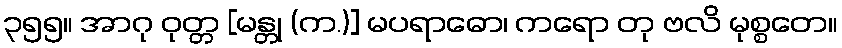
၃၅၅။ အာဂု ဝုတ္တ [မန္တု (က.)] မပရာဓော၊ ကရော တု ဗလိ မုစ္စတေ။